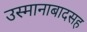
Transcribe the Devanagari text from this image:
उस्मानाबादसह